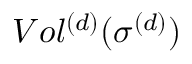
V o l ^ { ( d ) } ( \sigma ^ { ( d ) } )